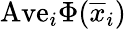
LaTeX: \mathrm{Ave}_{i}\Phi(\overline{{x}}_{i})